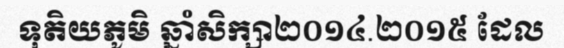
ទុតិយភូមិ ឆ្នាំសិក្សា២០១៤.២០១៥ ដែល